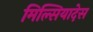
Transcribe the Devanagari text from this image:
मिल्सियादेस